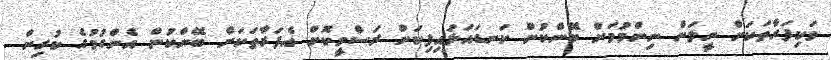
ވަކިފަރާތަކަށް ނީލަން ނިންމުމަށް ބޭންކުން ކަނޑައަޅައިފިކަން ރަސްމީކޮށް އެފަރާތަކަށް ބޭންކުން އެންގުމުގެ ކުރިން